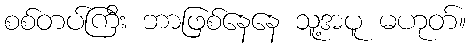
စစ်တပ်ကြီး ဘာဖြစ်နေနေ သူ့အပူ မဟုတ်။